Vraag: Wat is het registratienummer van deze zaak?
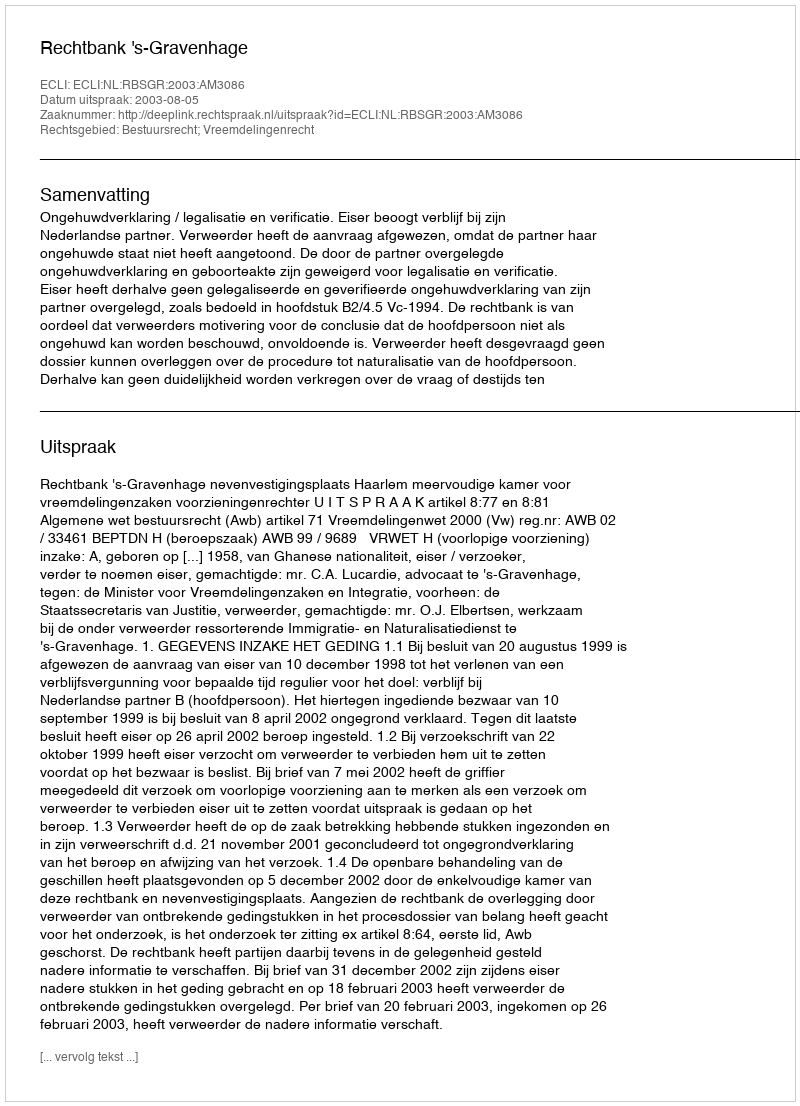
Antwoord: http://deeplink.rechtspraak.nl/uitspraak?id=ECLI:NL:RBSGR:2003:AM3086